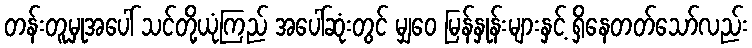
တန်းတူမှုအပေါ် သင်တို့ယုံကြည် အပေါ်ဆုံးတွင် မျှဝေ မြန်နှုန်းများနှင့် ရှိနေတတ်သော်လည်း